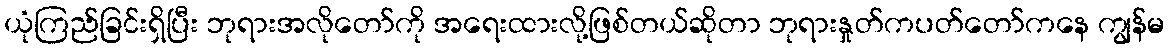
ယုံကြည်ခြင်းရှိပြီး ဘုရားအလိုတော်ကို အရေးထားလို့ဖြစ်တယ်ဆိုတာ ဘုရားနှုတ်ကပတ်တော်ကနေ ကျွန်မ